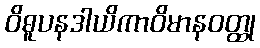
ဝိဓူပနဒါယိကာဝိမာနဝတ္ထု